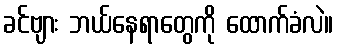
ခင်ဗျား ဘယ်နေရာတွေကို ထောက်ခံလဲ။